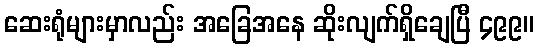
ဆေးရုံများမှာလည်း အခြေအနေ ဆိုးလျက်ရှိချေပြီ ၄၉၉။